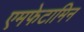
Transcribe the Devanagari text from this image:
एमफेटामिन